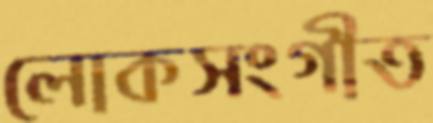
লোকসংগীত